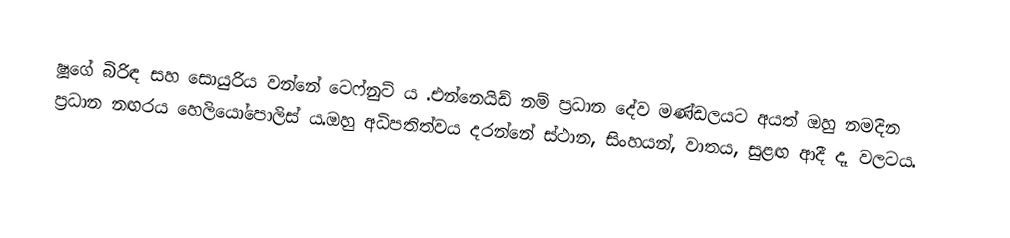
ෂූගේ බිරිඳ සහ සොයුරිය වන්නේ ටෙෆ්නුට් ය .එන්නෙයිඩ් නම් ප්‍රධාන දේව මණ්ඩලයට අයත් ඔහු නමදින ප්‍රධාන නඟරය හෙලියෝපොලිස් ය.ඔහු අධිපතිත්වය දරන්නේ ස්ථාන, සිංහයන්, වාතය, සුළඟ ආදී දෑ වලටය.